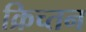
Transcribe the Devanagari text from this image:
क्रिच्तन